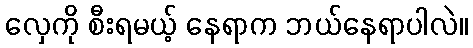
လှေကို စီးရမယ့် နေရာက ဘယ်နေရာပါလဲ။